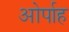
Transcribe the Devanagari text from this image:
ओर्पाह